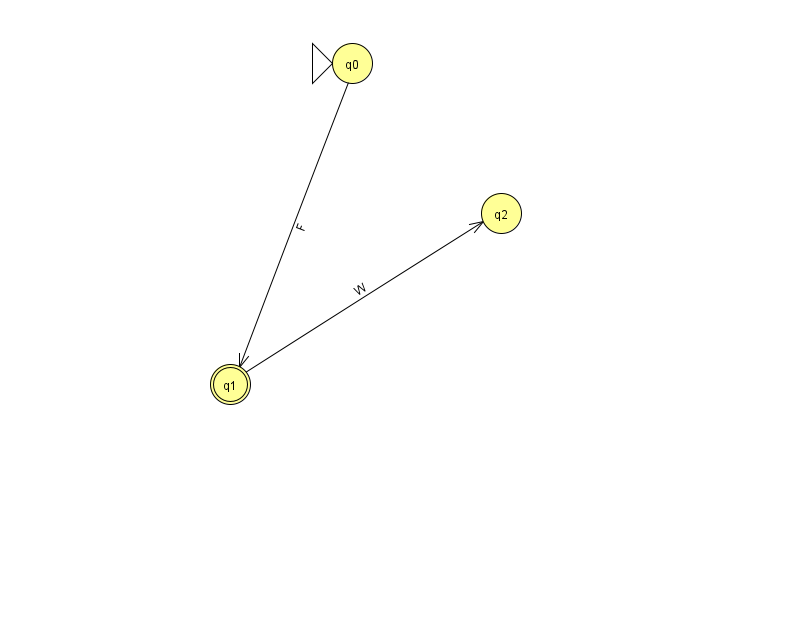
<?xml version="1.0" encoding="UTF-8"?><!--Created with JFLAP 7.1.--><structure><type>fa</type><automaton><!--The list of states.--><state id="0" name="q0"><x>352.0</x><y>50.0</y><initial/></state><state id="1" name="q1"><x>230.0</x><y>371.0</y><final/></state><state id="2" name="q2"><x>501.0</x><y>200.0</y></state><!--The list of transitions.--><transition><from>0</from><to>1</to><read>F</read></transition><transition><from>1</from><to>2</to><read>W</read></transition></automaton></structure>